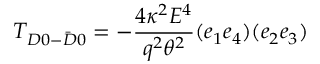
T _ { D 0 - \bar { D } 0 } = - \frac { 4 \kappa ^ { 2 } E ^ { 4 } } { q ^ { 2 } \theta ^ { 2 } } ( e _ { 1 } e _ { 4 } ) ( e _ { 2 } e _ { 3 } )